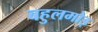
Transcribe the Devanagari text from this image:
बहुलमोड़